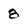
Character: 8